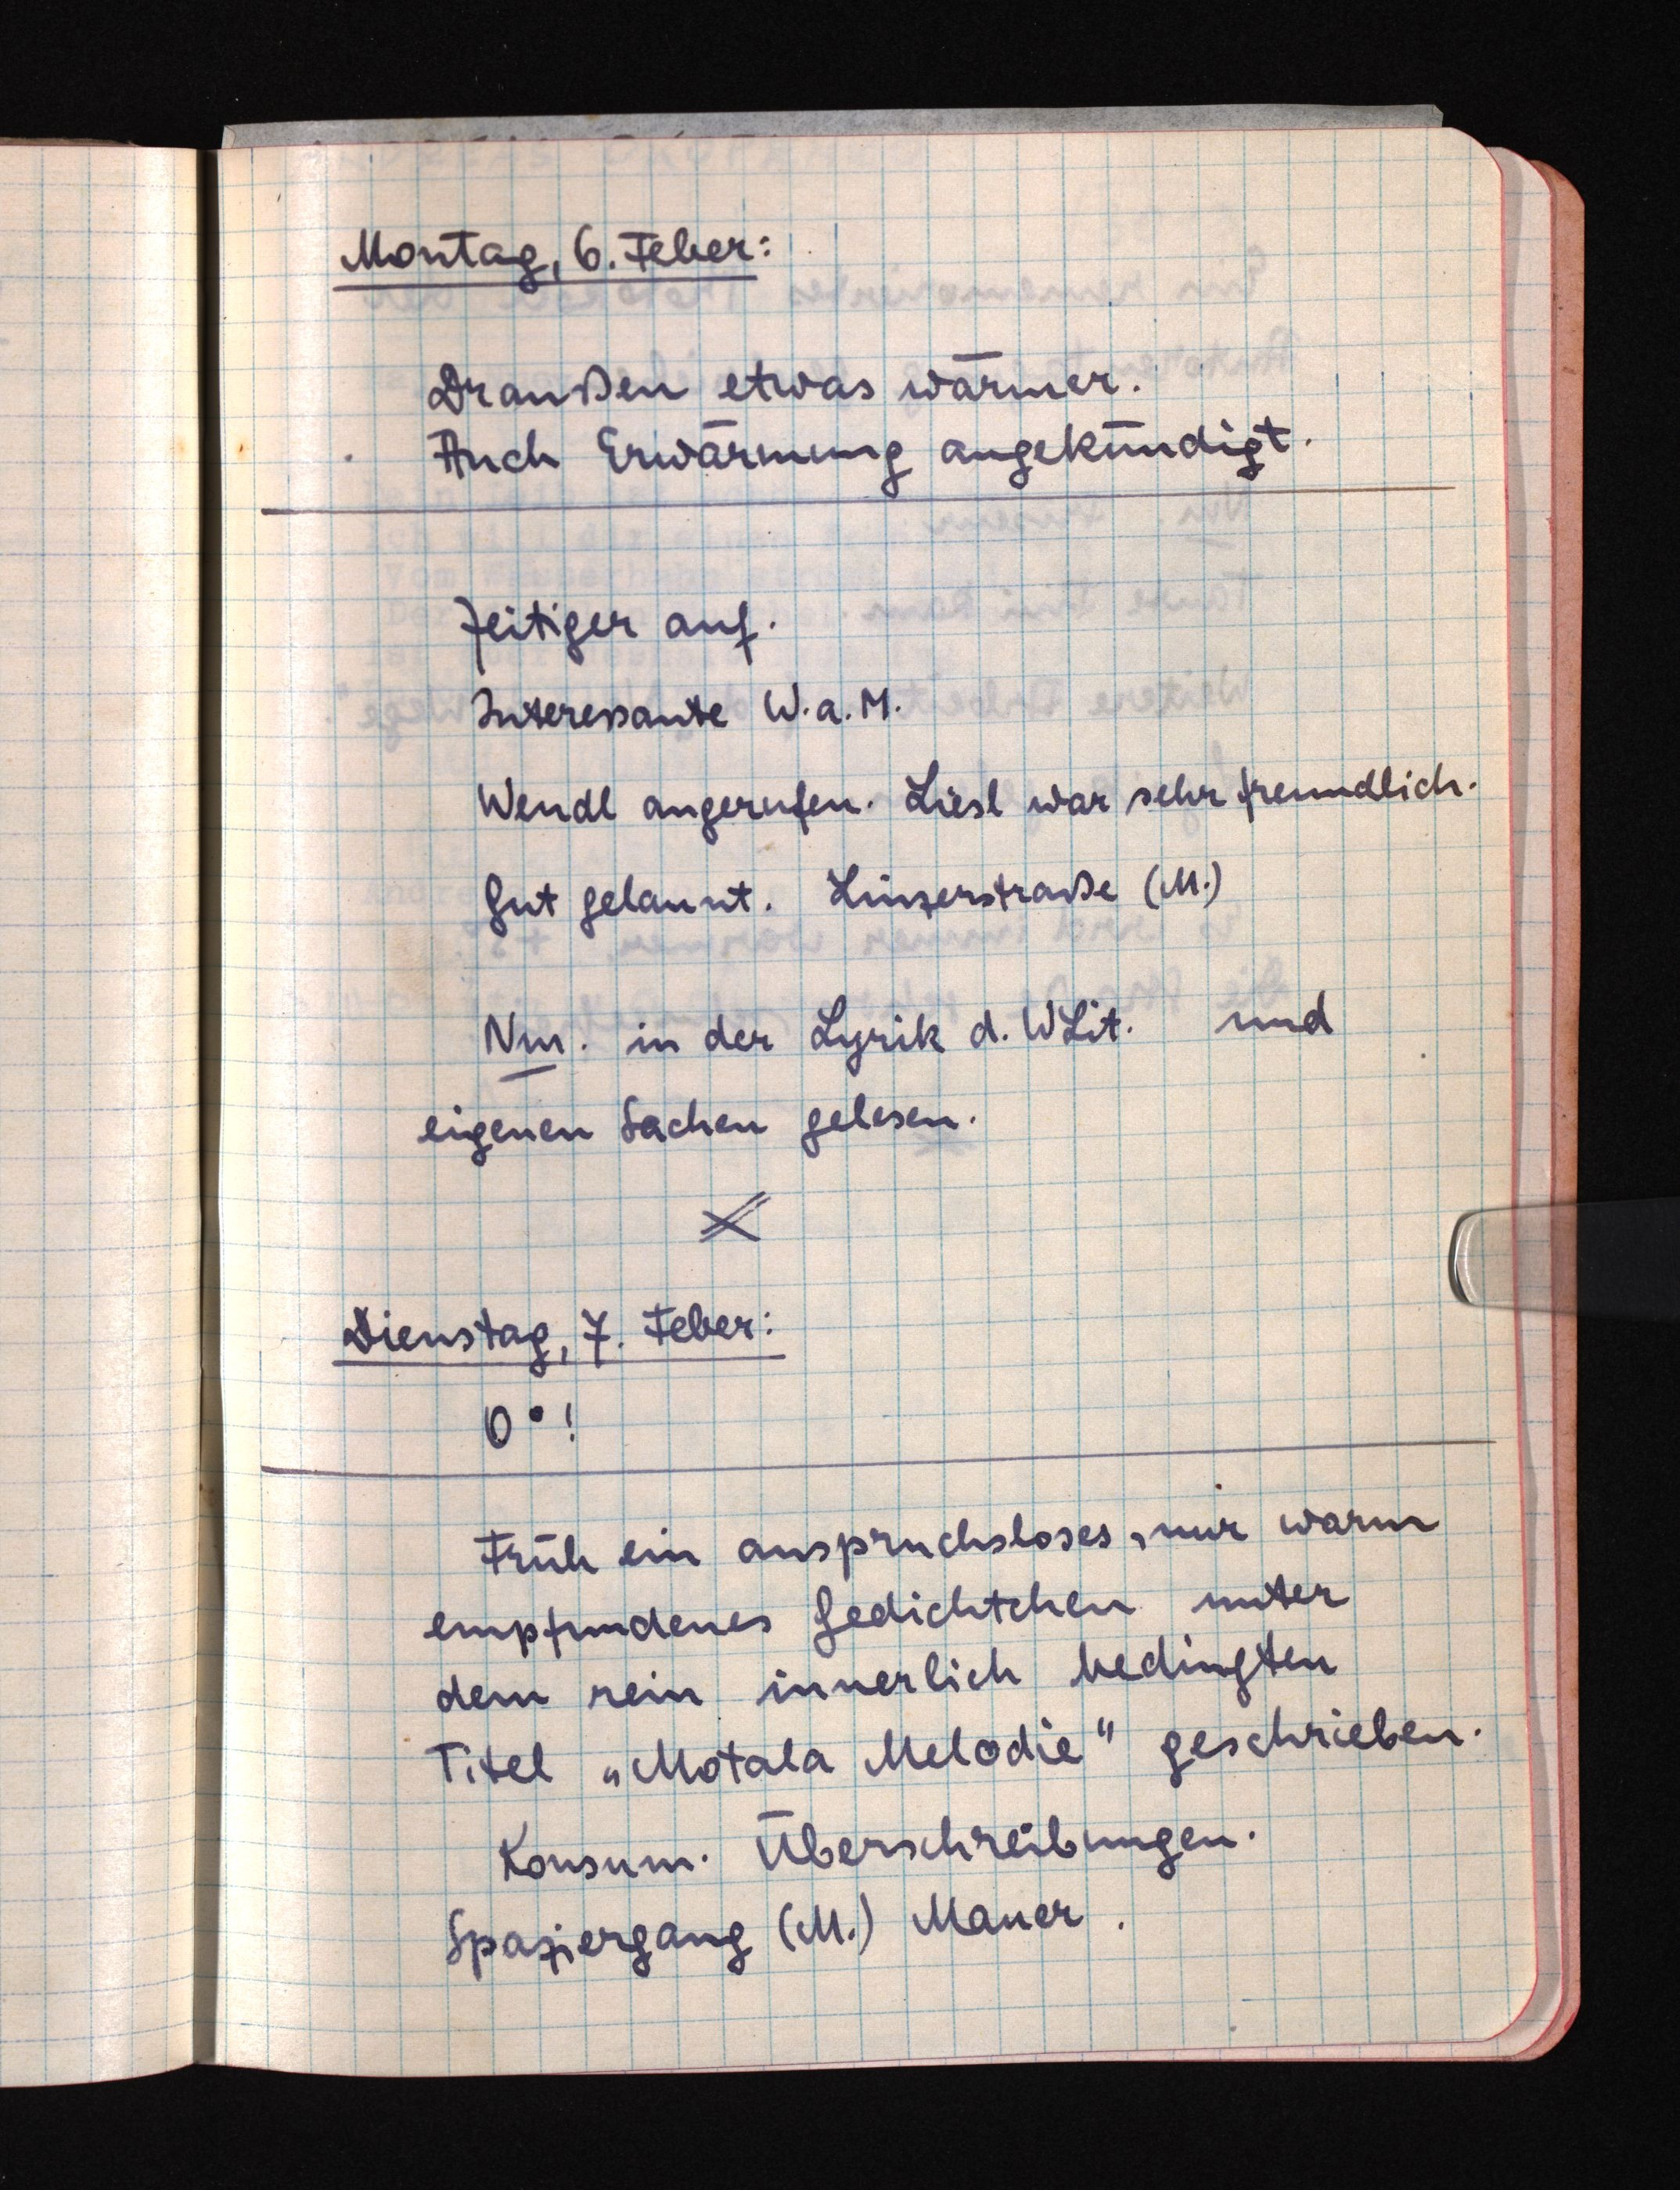
Montag, 6. Feber:
Draußen etwas wärmer.
Auch Erwärmung angekündigt.
Zeitiger auf.
Interessante W. a. M.
Wendl angerufen. Liesl war sehr freundlich.
Gut gelaunt. Linzerstraße (M.)
Nm. in der Lyrik d. WLit. und
eigenen Sachen gelesen.
Dienstag, 7. Feber:
0°!
Früh ein anspruchsloses, nur warm
empfundenes Gedichtchen unter
dem rein innerlich bedingten
Titel "Motala Melodie" geschrieben.
Konsum. Überschreibungen.
Spaziergang (M.) Mauer.